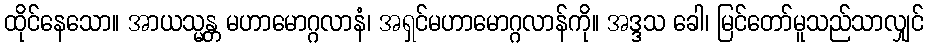
ထိုင်နေသော။ အာယသ္မန္တ မဟာမောဂ္ဂလာနံ၊ အရှင်မဟာမောဂ္ဂလာန်ကို။ အဒ္ဒသ ခေါ၊ မြင်တော်မူသည်သာလျှင်